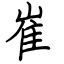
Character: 崔